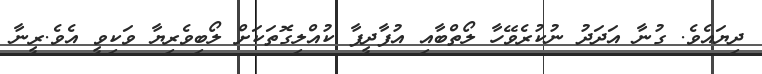
ދިޔައެވެ. ގުނާ އަދަދު ނުކުރެވޭހާ ލޯތްބާއި އުފާދީފާ ކުއްލިގޮތަކަށް ލޯބިވެރިޔާ ވަކިވީ އެވެ.ރީނާ